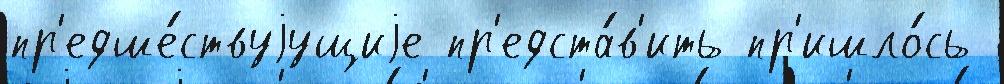
пр'едше́ствуjущиjе пр'едста́в'ить пр'ишло́сь